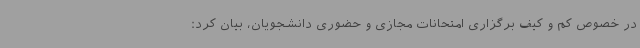
در خصوص کم و کیف برگزاری امتحانات مجازی و حضوری دانشجویان، بیان کرد: